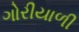
ગોરીયાળી